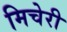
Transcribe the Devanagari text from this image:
मिचेरी